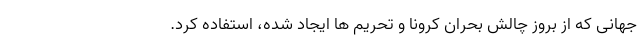
جهانی که از بروز چالش بحران کرونا و تحریم ها ایجاد شده، استفاده کرد.